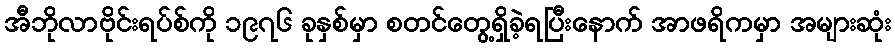
အီဘိုလာဗိုင်းရပ်စ်ကို ၁၉၇၆ ခုနှစ်မှာ စတင်တွေ့ရှိခဲ့ရပြီးနောက် အာဖရိကမှာ အများဆုံး